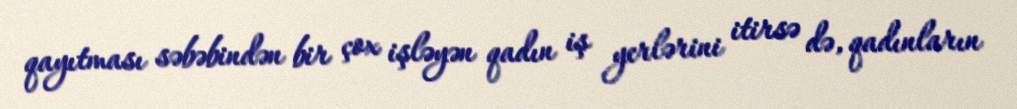
qayıtması səbəbindən bir çox işləyən qadın iş yerlərini itirsə də, qadınların